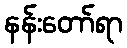
နန်းတော်ရာ